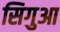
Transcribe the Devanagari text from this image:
सिगुआ